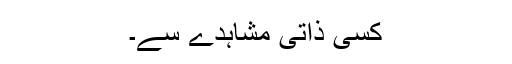
کسی ذاتی مشاہدے سے۔